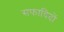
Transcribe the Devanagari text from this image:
सफाविदों